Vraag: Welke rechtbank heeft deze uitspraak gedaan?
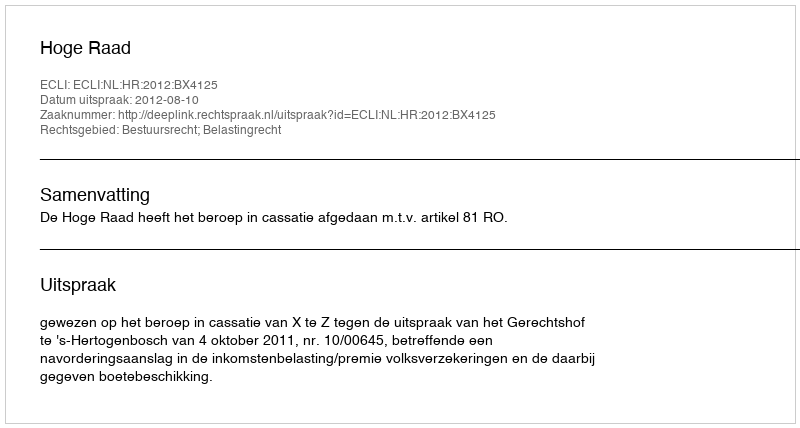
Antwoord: Hoge Raad